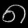
Digit: ၈